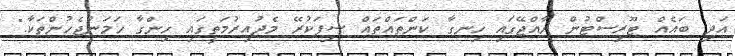
އަދި ބައެއް ޓޫރިސްޓުން ރާއްޖޭގައި ހިނގާ ކަންތައްތައް ސިފަކުރޭ މެދުއިރުމަތީގައި ހިންގާ ހަމަނުޖެހުންތަކާ."